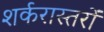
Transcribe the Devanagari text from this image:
शर्करास्तरों